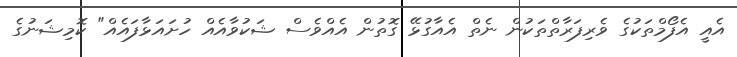
އެއީ އެފޯމްތަކުގެ ވެރިފަރާތްތަކުން ނެތް އެއާގުޅޭ ގޮތުން އެއްވެސް ޝަކުވާއެއް ހުށައަޅާފައެއް" ކޮމިޝަނުގެ